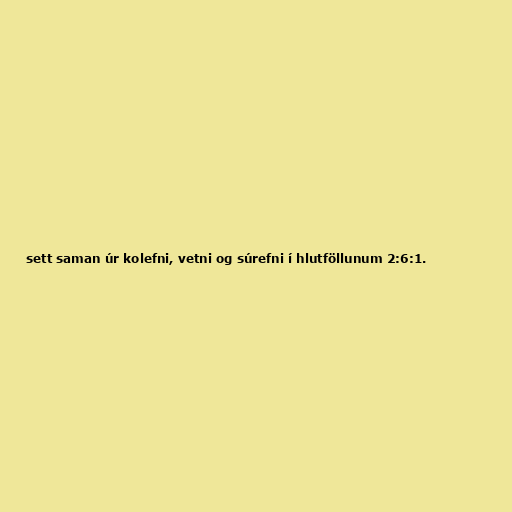
sett saman úr kolefni, vetni og súrefni í hlutföllunum 2:6:1.